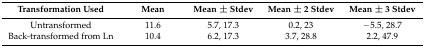
<table><thead><tr><td><b>Transformation Used</b></td><td><b>Mean</b></td><td><b>Mean ± Stdev</b></td><td><b>Mean ± 2 Stdev</b></td><td><b>Mean ± 3 Stdev</b></td></tr></thead><tbody><tr><td>Untransformed</td><td>11.6</td><td>5.7, 17.3</td><td>0.2, 23</td><td>−5.5, 28.7</td></tr><tr><td>Back-transformed from Ln</td><td>10.4</td><td>6.2, 17.3</td><td>3.7, 28.8</td><td>2.2, 47.9</td></tr></tbody></table>